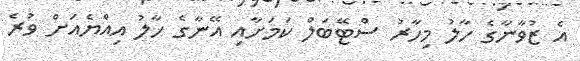
އެ ޒުވާނާގެ ހާލު މިހާރު ސްޓޭބަލް ކަމަށާއި އޭނާގެ ހާލު އިއްޔެއަށް ވުރެ